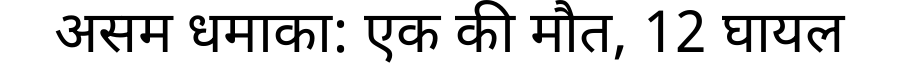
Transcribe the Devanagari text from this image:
असम धमाका: एक की मौत, 12 घायल